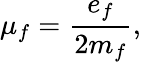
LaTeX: \mu_{f}=\frac{e_{f}}{2m_{f}},